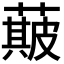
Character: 𮑣